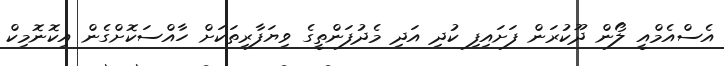
އެސްއެމްއީ ލޯން ދޫކުރަން ފަށައިފި ކުދި އަދި މެދުފަންތީގެ ވިޔަފާރިތަކަށް ހާއްސަކޮށްގެން އިކޮނޮމިކް